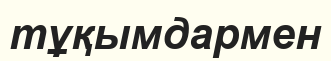
тұқымдармен